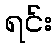
ရင်း